Medical and sanitary report on the native army of Bombay for the year
Year: 1877
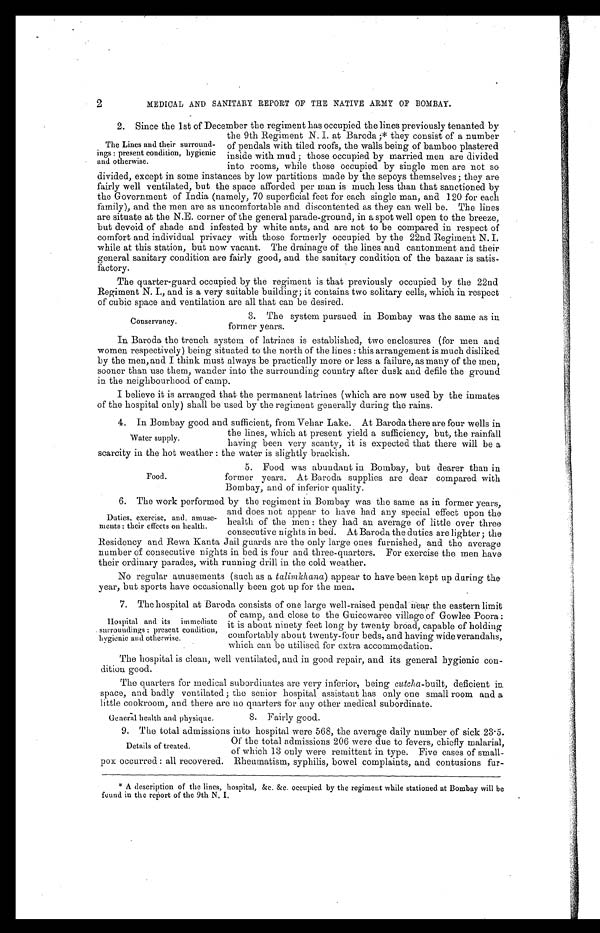
2
MEDICAL AND SANITARY REPORT OF THE NATIVE ARMY OF BOMBAY.
2. Since the 1st of December the regiment has occupied the lines previously tenanted by
the 9th Regiment N. I. at Baroda;* they consist of a number
of pendals with tiled roofs, the walls being of bamboo plastered
inside with mud; those occupied by married men are divided
into rooms, while those occupied by single men are not so
divided, except in some instances by low partitions made by the sepoys themselves; they are
fairly well ventilated, but the space afforded per man is much less than that sanctioned by
the Government of India (namely, 70 superficial feet for each single man, and 120 for each
family), and the men are as uncomfortable and discontented as they can well be. The lines
are situate at the N.E. corner of the general parade-ground, in a spot well open to the breeze,
but devoid of shade and infested by white ants, and are not to be compared in respect of
comfort and individual privacy with those formerly occupied by the 22nd Regiment N. I.
while at this station, but now vacant. The drainage of the lines and cantonment and their
general sanitary condition are fairly good, and the sanitary condition of the bazaar is satis-
factory.
The quarter-guard occupied by the regiment is that previously occupied by the 22nd
Regiment N. I., and is a very suitable building; it contains two solitary cells, which in respect
of cubic space and ventilation are all that can be desired.
The Lines and their surround
-
ings: present condition, hygienic
and otherwise.
Conservancy.
3. The system pursued in Bombay was the same as in
former years.
In Baroda the trench system of latrines is established, two enclosures (for men and
women respectively) being situated to the north of the lines: this arrangement is much disliked
by the men, and I think must always be practically more or less a failure, as many of the men,
sooner than use them, wander into the surrounding country after dusk and defile the ground
in the neighbourhood of camp.
I believe it is arranged that the permanent latrines (which are now used by the inmates
of the hospital only) shall be used by the regiment generally during the rains.
4. In Bombay good and sufficient, from Vehar Lake. At Baroda there are four wells in
the lines, which at present yield a sufficiency, but, the rainfall
having been very scanty, it is expected that there will be a
scarcity in the hot weather : the water is slightly brackish.
5. Food was abundant in Bombay, but dearer than in
former years. At Baroda supplies are dear compared with
Bombay, and of inferior quality.
6. The work performed by the regiment in Bombay was the same as in former years,
and does not appear to have had any special effect upon the
health of the men : they had an average of little over three
consecutive nights in bed. At Baroda the duties are lighter; the
Residency and Rewa Kanta Jail guards are the only large ones furnished, and the average
number of consecutive nights in bed is four and three-quarters. For exercise the men have
their ordinary parades, with running drill in the cold weather.
No regular amusements (such as a talimkana) appear to have been kept up during the
year, but sports have occasionally been got up for the men.
7 . T h e h o s p i t a l a t B a r o d a c o n s i s t s o f o n e l a r g e w e l l - r a i s e d p e n d a l n e a r t h e e a s t e r n l i m i t
of camp, and close to the Guicowaree village of Gowlee Poora:
it is about ninety feet long by twenty broad, capable of holding
comfortably about twenty-four beds, and having wide verandahs,
which can be utilised for extra accommodation.
The hospital is clean, well ventilated, and in good repair, and its general hygienic con--
dition good.
The quarters for medical subordinates are very inferior, being cutcha -built, deficient in.
space, and badly ventilated; the senior hospital assistant has only one small room and a
little cookroom, and there are no quarters for any other medical subordinate.
Water supply.
Food.
Duties, exercise, and, amuse
-
ments: their effects on health.
Hospital and its immediate
surroundings: present condition,
hygienic and otherwise.
General health and physique.
8. Fairly good.
9. The total admissions into hospital were 568, the average daily number of sick 23.5.
Of the total admissions 206 were due to fevers, chiefly malarial,
of which 13 only were remittent in type. Five cases of small -
pox occurred: all recovered. Rheumatism., syphilis, bowel complaints, and contusions fur -
Details of treated.
* A description of the lines, hospital, &c. &c. occupied by the regiment while stationed at Bombay will he
found in the report of the 9th N. I.